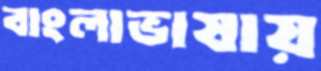
বাংলাভাষায়